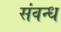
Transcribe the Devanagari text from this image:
संवन्ध